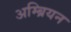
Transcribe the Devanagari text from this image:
अम्ब्रियन